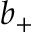
b _ { + }